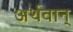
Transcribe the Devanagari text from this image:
अर्थवान्‌